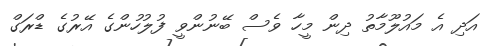
އަދި އެ މައުލޫމާތު ދިން މީހާ ވެސް ބޭނުންވީ ފުލުހުންގެ އޭރުގެ ޑްރަގް